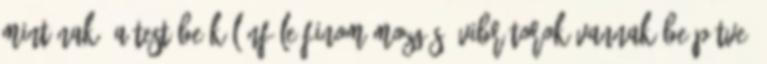
mintának, a testébe különféle finom mozgású vibrátorok vannak beépítve,